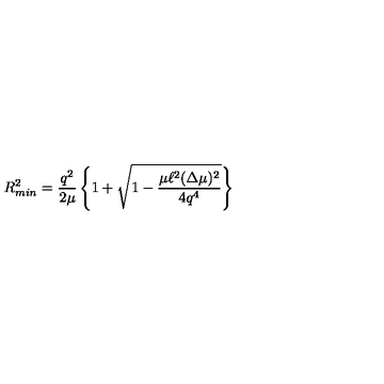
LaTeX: R _ { m i n } ^ { 2 } = \frac { q ^ { 2 } } { 2 \mu } \left\{ 1 + \sqrt { 1 - \frac { \mu \ell ^ { 2 } ( \Delta \mu ) ^ { 2 } } { 4 q ^ { 4 } } } \right\}